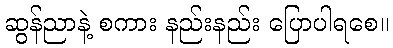
ဆွန်ညာနဲ့ စကား နည်းနည်း ပြောပါရစေ။